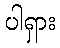
ပါရှား